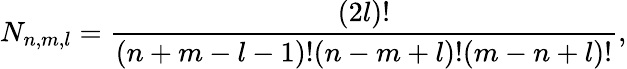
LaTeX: N_{n,m,l}=\frac{(2l)!}{(n+m-l-1)!(n-m+l)!(m-n+l)!},